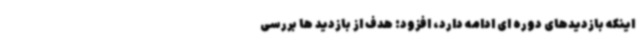
اینکه بازدیدهای دوره ای ادامه دارد، افزود: هدف از بازدید ها بررسی